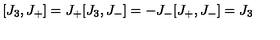
[ J _ { 3 } , J _ { + } ] = J _ { + } [ J _ { 3 } , J _ { - } ] = - J _ { - } [ J _ { + } , J _ { - } ] = J _ { 3 }